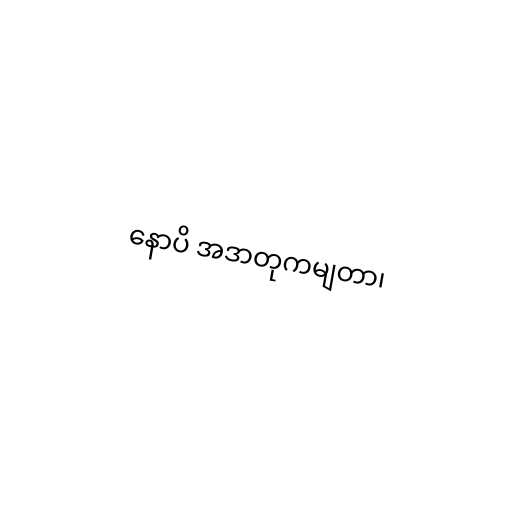
နောပိ အဒာတုကမျတာ၊